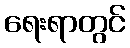
ရေးရာတွင်